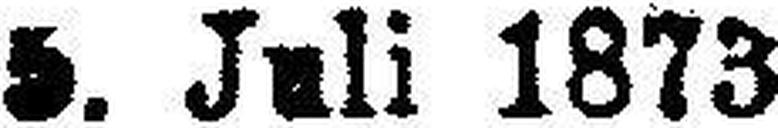
5. Juli 1873